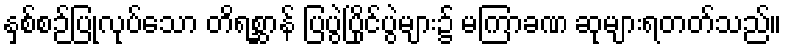
နှစ်စဉ်ပြုလုပ်သော တိရစ္ဆာန် ပြပွဲပြိုင်ပွဲများ၌ မကြာခဏ ဆုများရတတ်သည်။